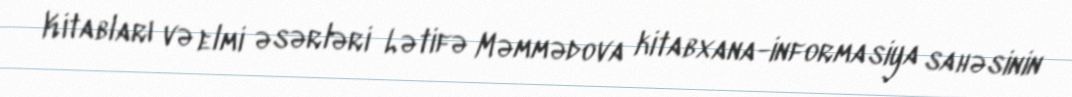
Kitabları və elmi əsərləri Lətifə Məmmədova kitabxana-informasiya sahəsinin